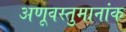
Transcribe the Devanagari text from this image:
अणूवस्तुमानांक